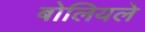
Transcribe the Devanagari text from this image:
बोलियले